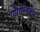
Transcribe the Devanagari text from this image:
एपोलिनारे